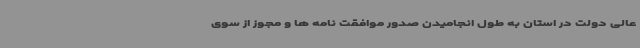
عالی دولت در استان به طول انجامیدن صدور موافقت نامه ها و مجوز از سوی